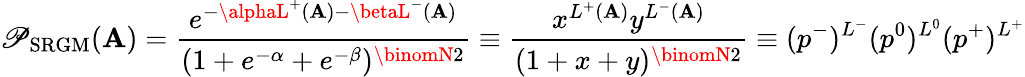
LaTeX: \mathscr{P}_{\mathrm{{SRGM}}}(\mathbf{{A}})=\frac{{e^{-\alphaL^{+}(\mathbf{{A}})-\betaL^{-}(\mathbf{{A}})}}}{{(1+e^{-\alpha}+e^{-\beta})^{\binomN2}}}\equiv\frac{{x^{L^{+}(\mathbf{{A}})}y^{L^{-}(\mathbf{{A}})}}}{{(1+x+y)^{\binomN2}}}\equiv(p^{-})^{L^{-}}(p^{0})^{L^{0}}(p^{+})^{L^{+}}